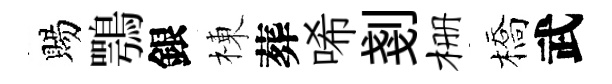
賜鶚銀棟葬唏剗栅橋武